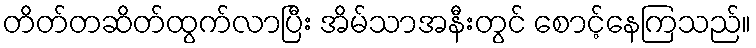
တိတ်တဆိတ်ထွက်လာပြီး အိမ်သာအနီးတွင် စောင့်နေကြသည်။